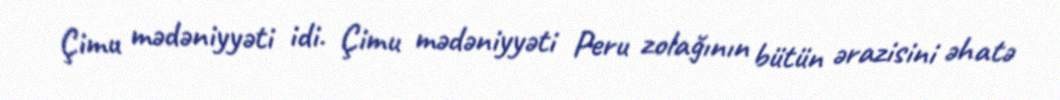
Çimu mədəniyyəti idi. Çimu mədəniyyəti Peru zolağının bütün ərazisini əhatə